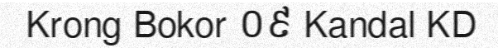
Krong Bokor ០៩ Kandal KD